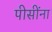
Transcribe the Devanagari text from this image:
पीसींना